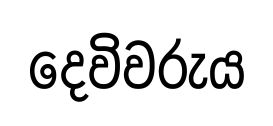
දෙවිවරුය